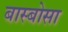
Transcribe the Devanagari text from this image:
बास्बोसा